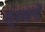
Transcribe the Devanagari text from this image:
स्ंस्थानों